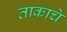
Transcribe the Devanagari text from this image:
ताकाचे